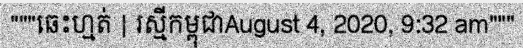
"""ឆេះហ្មត់ | រស្មីកម្ពុជាAugust 4, 2020, 9:32 am"""